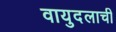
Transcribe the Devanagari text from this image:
वायुदलाची